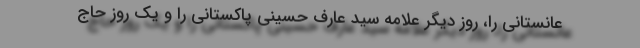
عانستانی را، روز دیگر علامه سید عارف حسینی پاکستانی را و یک روز حاج